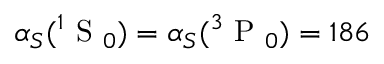
\alpha _ { S } ( ^ { 1 } \mathrm { ~ S ~ } _ { 0 } ) = \alpha _ { S } ( ^ { 3 } \mathrm { ~ P ~ } _ { 0 } ) = 1 8 6